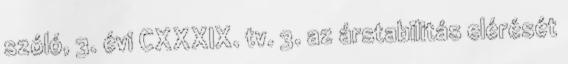
szóló, 3. évi CXXXIX. tv. 3. az árstabilitás elérését